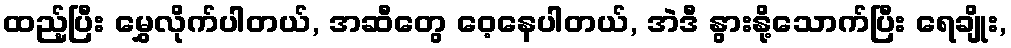
ထည့်ပြီး မွှေလိုက်ပါတယ်, အဆီတွေ ဝေ့နေပါတယ်, အဲဒီ နွားနို့သောက်ပြီး ရေချိုး,